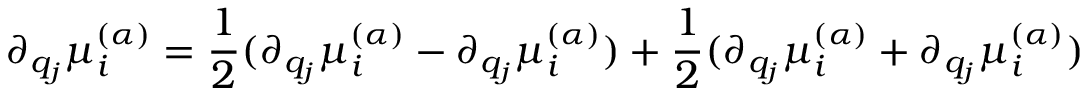
\partial _ { q _ { j } } \mu _ { i } ^ { \boldsymbol { ( \alpha ) } } = \frac { 1 } { 2 } ( \partial _ { q _ { j } } \mu _ { i } ^ { \boldsymbol { ( \alpha ) } } - \partial _ { q _ { j } } \mu _ { i } ^ { \boldsymbol { ( \alpha ) } } ) + \frac { 1 } { 2 } ( \partial _ { q _ { j } } \mu _ { i } ^ { \boldsymbol { ( \alpha ) } } + \partial _ { q _ { j } } \mu _ { i } ^ { \boldsymbol { ( \alpha ) } } )